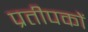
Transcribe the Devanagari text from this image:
प्रतीपकों